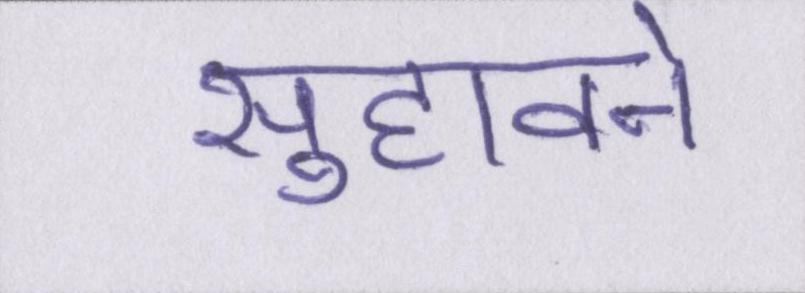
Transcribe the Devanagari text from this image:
सुहावने